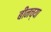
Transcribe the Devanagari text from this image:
बीनच्या